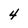
Character: 4